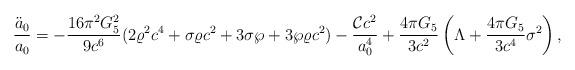
LaTeX: \begin{align*}{\ddot{a}_0\over a_0}=-{{16\pi^2G^2_5}\over{9c^6}}(2\varrho^2c^4+\sigma\varrho c^2+3\sigma\wp+3\wp\varrho c^2)-{{{\cal C}c^2}\over a^4_0}+{{4\pi G_5}\over{3c^2}}\left(\Lambda+{{4\pi G_5}\over{3c^4}}\sigma^2\right),\end{align*}